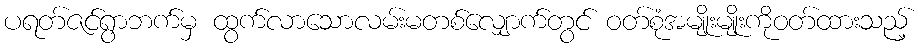
ပရတ်ဇင်ရွာဘက်မှ ထွက်လာသောလမ်းမတစ်လျှောက်တွင် ဝတ်စုံအမျိုးမျိုးကိုဝတ်ထားသည့်